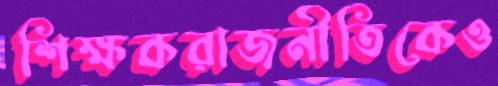
শিক্ষকরাজনীতিকেও